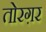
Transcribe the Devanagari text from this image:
तोरग़र